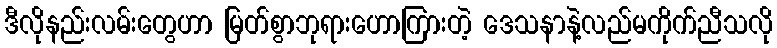
ဒီလိုနည်းလမ်းတွေဟာ မြတ်စွာဘုရားဟောကြားတဲ့ ဒေသနာနဲ့လည်မကိုက်ညီသလို